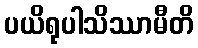
ပယိရုပါသိဿာမီတိ